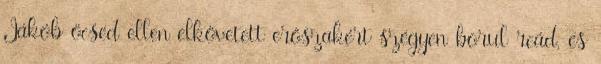
Jákób öcséd ellen elkövetett erőszakért szégyen borul reád, és